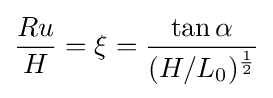
{\frac {Ru}{H}}=\xi ={\frac {\tan \alpha }{(H/L_{0})^{\frac {1}{2}}}}